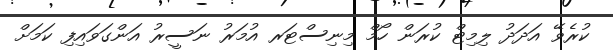
ކުރެވޭ އަދަދު ލިމިޓް ކުރަން ހޯމް މިނިސްޓަރ އުމަރު ނަސީރު އަންގަވައިފި ކަމަށް